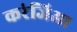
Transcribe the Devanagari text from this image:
करंजिआ